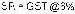
SR = GST @6%